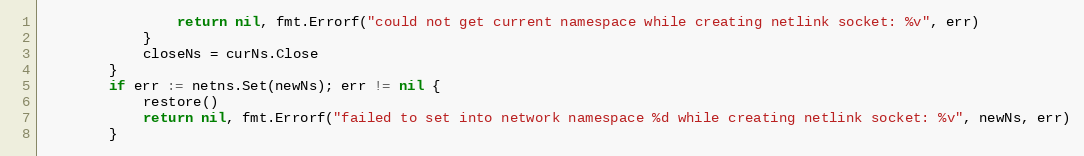
Language: Go
				return nil, fmt.Errorf("could not get current namespace while creating netlink socket: %v", err)
			}
			closeNs = curNs.Close
		}
		if err := netns.Set(newNs); err != nil {
			restore()
			return nil, fmt.Errorf("failed to set into network namespace %d while creating netlink socket: %v", newNs, err)
		}